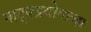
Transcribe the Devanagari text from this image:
नाट्यप्रयोगाचा